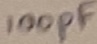
Text: 100pF